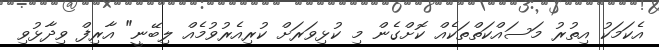
އެކަމަކު އިތުރު މަސައްކަތްތަކެއް ކޮށްގެން މި ކުޅިވަރަށް ކުރިއެރުވުމެއް ލިބޭނީ" އާރިފް ވިދާޅުވި